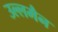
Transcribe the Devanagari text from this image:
उल्लमैन